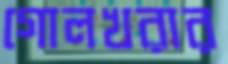
গোলখরার